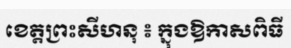
ខេត្តព្រះសីហនុ ៖ ក្នុងឱកាសពិធី